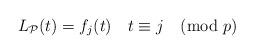
LaTeX: \begin{align*} L_{\mathcal{P}}(t) = f_j(t) \ \ \ t \equiv j \pmod p\end{align*}